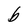
Character: b